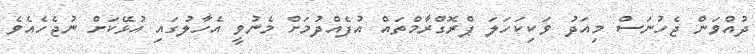
ދުއްވަން ޖެހުނަސް މިއަދު ވަކިކަހަލަ ޕްރޮގްރާމްތައް އުފެއްދުމަށް މެނުވީ އެހާލުގައި އުޅޭކަށް ނުޖެހެއެވެ